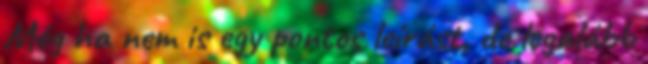
Még ha nem is egy pontos leírást, de legalább